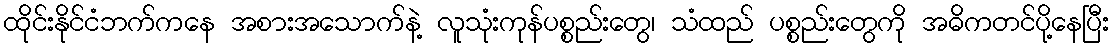
ထိုင်းနိုင်ငံဘက်ကနေ အစားအသောက်နဲ့ လူသုံးကုန်ပစ္စည်းတွေ၊ သံထည် ပစ္စည်းတွေကို အဓိကတင်ပို့နေပြီး